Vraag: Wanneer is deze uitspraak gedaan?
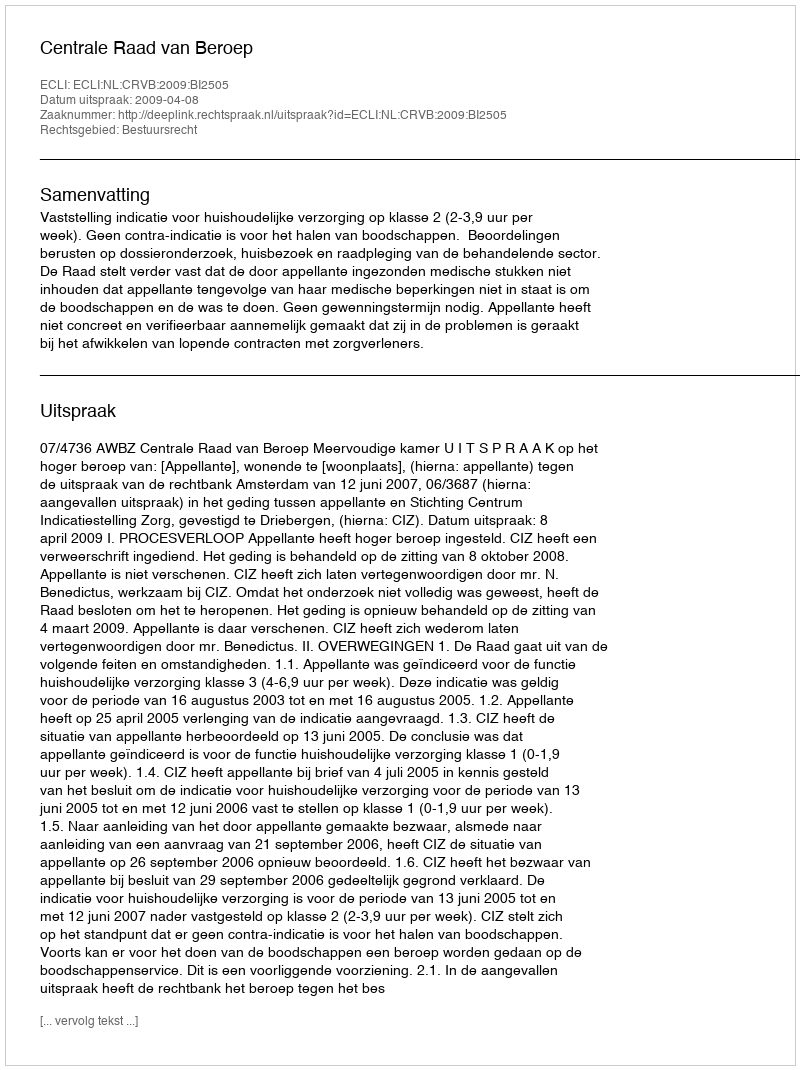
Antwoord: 2009-04-08